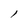
Character: l